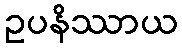
ဥပနိဿာယ